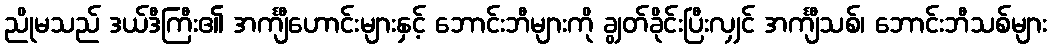
ညိုမသည် ဒယ်ဒီကြီး၏ အင်္ကျီဟောင်းများနှင့် ဘောင်းဘီများကို ချွတ်ခိုင်းပြီးလျှင် အင်္ကျီသစ်၊ ဘောင်းဘီသစ်များ